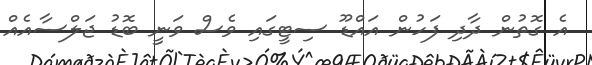
އެ ގޮތުން ދާދި ފަހުން އައްޑޫ ސިޓީގައި ވެސް ވަނީ ބޮޑު ޖަލްސާއެއް